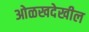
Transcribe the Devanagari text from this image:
ओळखदेखील